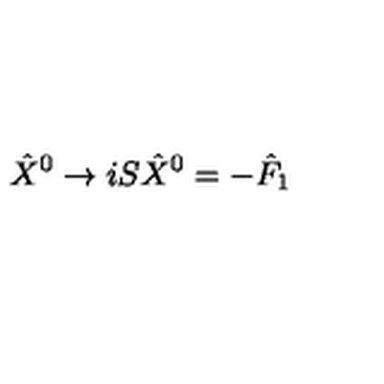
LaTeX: { \hat { X } } ^ { 0 } \rightarrow i S { \hat { X } } ^ { 0 } = - { \hat { F } } _ { 1 }